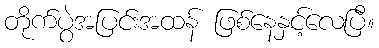
တိုက်ပွဲအပြင်းအထန် ဖြစ်နေနှင့်လေပြီ။